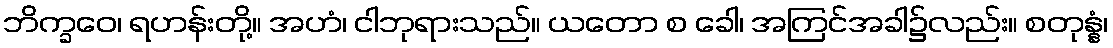
ဘိက္ခဝေ၊ ရဟန်းတို့။ အဟံ၊ ငါဘုရားသည်။ ယတော စ ခေါ၊ အကြင်အခါ၌လည်း။ စတုန္နံ၊